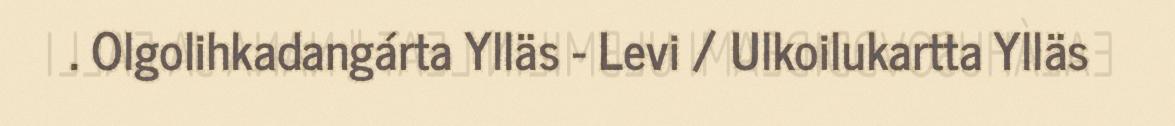
. Olgolihkadangárta Ylläs - Levi / Ulkoilukartta Ylläs